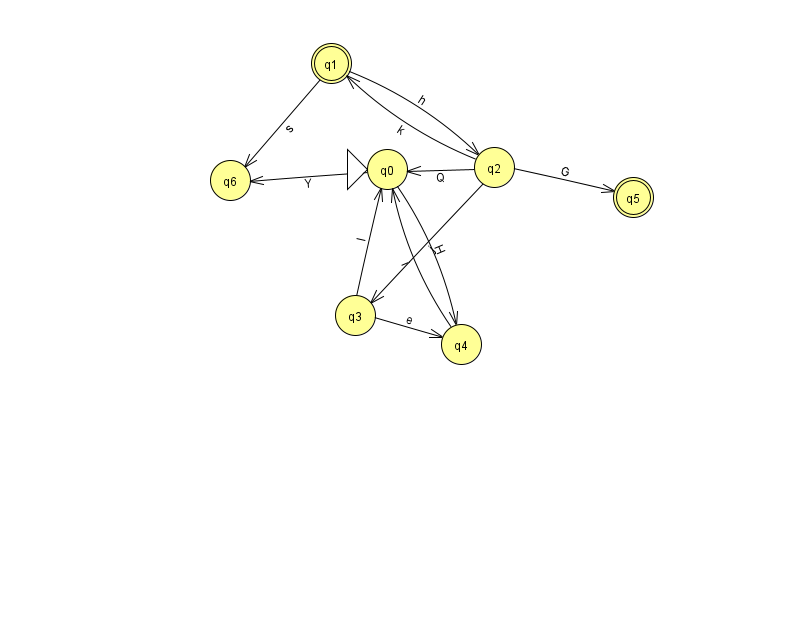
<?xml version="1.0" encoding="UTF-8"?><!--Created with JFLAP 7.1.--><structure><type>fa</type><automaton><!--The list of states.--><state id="0" name="q0"><x>387.0</x><y>156.0</y><initial/></state><state id="1" name="q1"><x>331.0</x><y>50.0</y><final/></state><state id="2" name="q2"><x>494.0</x><y>154.0</y></state><state id="3" name="q3"><x>355.0</x><y>302.0</y></state><state id="4" name="q4"><x>461.0</x><y>331.0</y></state><state id="5" name="q5"><x>633.0</x><y>184.0</y><final/></state><state id="6" name="q6"><x>230.0</x><y>167.0</y></state><!--The list of transitions.--><transition><from>1</from><to>2</to><read>h</read></transition><transition><from>2</from><to>5</to><read>G</read></transition><transition><from>1</from><to>6</to><read>s</read></transition><transition><from>2</from><to>1</to><read>k</read></transition><transition><from>4</from><to>0</to><read>i</read></transition><transition><from>0</from><to>4</to><read>H</read></transition><transition><from>2</from><to>3</to><read>j</read></transition><transition><from>3</from><to>0</to><read>I</read></transition><transition><from>0</from><to>6</to><read>Y</read></transition><transition><from>2</from><to>0</to><read>Q</read></transition><transition><from>3</from><to>4</to><read>e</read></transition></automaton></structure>